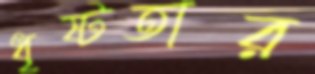
ধৃষ্টতার